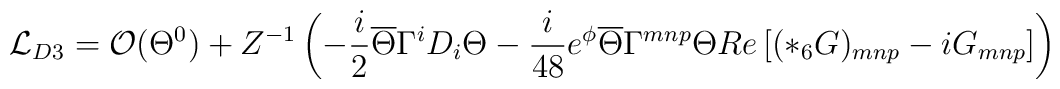
{\mathcal L}_{D3}= {\cal O}(\Theta^0) + Z^{-1}\left(-\frac{i}{2}\overline{\Theta} \Gamma^i D_i \Theta - \frac{i}{48} e^{\phi} \overline{\Theta } \Gamma^{mnp} \Theta Re \left[(*_6 G)_{mnp} - i G_{mnp}\right]\right)